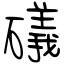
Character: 礒